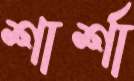
শার্শা